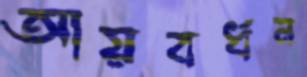
আয়বর্ধন